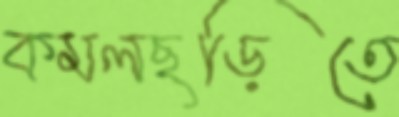
কমলছড়িতে